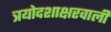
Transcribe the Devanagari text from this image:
त्रयोदशाक्षरवाली